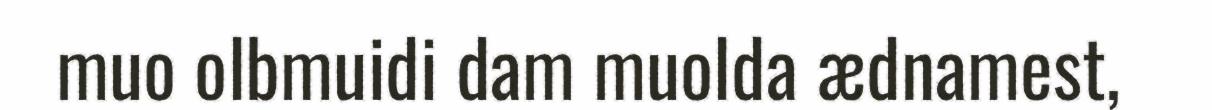
muo olbmuidi dam muolda ædnamest,